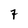
Character: 7